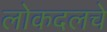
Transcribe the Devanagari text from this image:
लोकदलचे